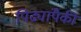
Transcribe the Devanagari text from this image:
पिढ्यांपैकी